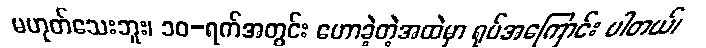
မဟုတ်သေးဘူး၊ ၁၀-ရက်အတွင်း ဟောခဲ့တဲ့အထဲမှာ ရုပ်အကြောင်း ပါတယ်၊